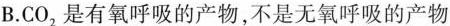
B.CO_{2}是有氧呼吸的产物，不是无氧呼吸的产物